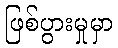
ဖြစ်ပွားမှုမှာ